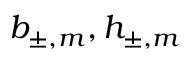
b _ { \pm , m } , h _ { \pm , m }